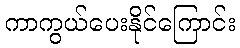
ကာကွယ်ပေးနိုင်ကြောင်း